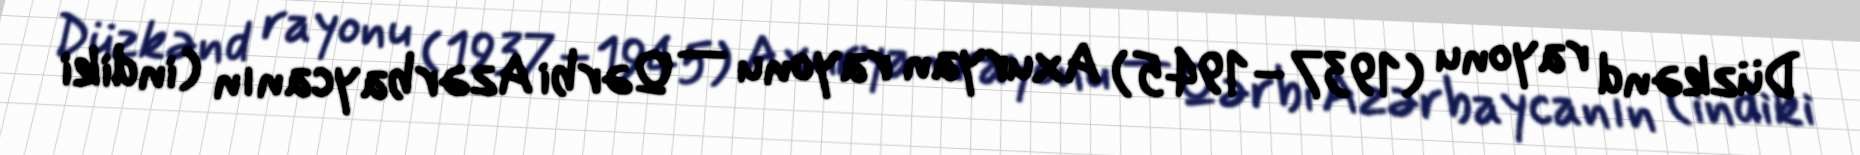
Düzkənd rayonu (1937–1945) Axuryan rayonu — Qərbi Azərbaycanın (indiki